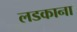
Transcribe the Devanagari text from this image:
लडकाना